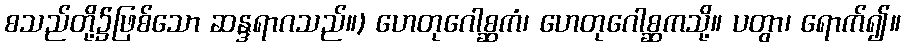
စသည်တို့၌ဖြစ်သော ဆန္ဒရာဂသည်။) ဟေတုဂေါစ္ဆကံ၊ ဟေတုဂေါစ္ဆကသို့။ ပတွာ၊ ရောက်၍။